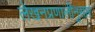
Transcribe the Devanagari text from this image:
लेखनप्रणालीनुसार